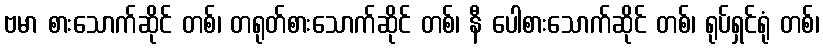
ဗမာ စားသောက်ဆိုင် တစ်၊ တရုတ်စားသောက်ဆိုင် တစ်၊ နီ ပေါစားသောက်ဆိုင် တစ်၊ ရုပ်ရှင်ရုံ တစ်၊